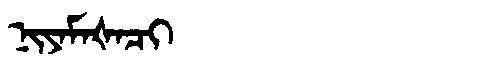
Manchu: ᠨᡳᠶᠠᠮᠠᡧᠠᠴᡳ
Romanization: NIYAMAŠACI